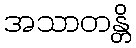
အသာတန္တိ